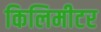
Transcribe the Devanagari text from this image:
किलिमीटर